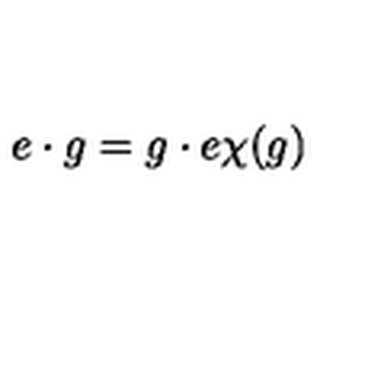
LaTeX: e \cdot g = g \cdot e \chi ( g )